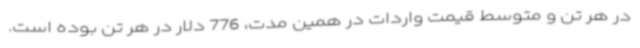
در هر تن و متوسط قیمت واردات در همین مدت، 776 دلار در هر تن بوده است.